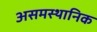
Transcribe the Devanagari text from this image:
असमस्थानिक